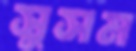
সুসম